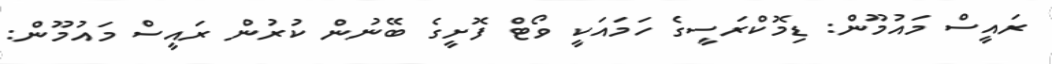
ރައީސް މައުމޫން: ޑިމޮކްރަސީގެ ހަމައަކީ ވޯޓް ފޮށީގެ ބޭނުން ކުރުން ރައީސް މައުމޫން: